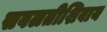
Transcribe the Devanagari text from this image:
सवलतीशिवाय